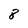
Character: 8